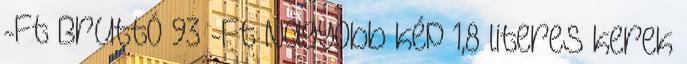
-Ft Bruttó 93 -Ft Nagyobb kép 1,8 literes kerek